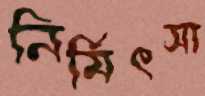
নির্মিৎসা